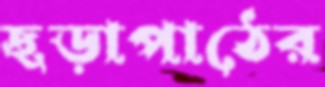
ছড়াপাঠের